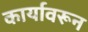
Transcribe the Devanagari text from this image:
कार्यावरून